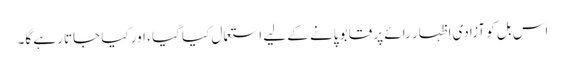
اس بل کو آزادی اظہار رائے پر قابو پانے کے لیے استعمال کیا گیا ، اور کیا جاتا رہے گا۔